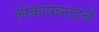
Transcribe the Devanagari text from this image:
लोकापवादाचें